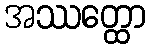
အဿတ္ထော